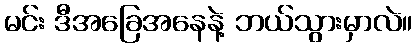
မင်း ဒီအခြေအနေနဲ့ ဘယ်သွားမှာလဲ။